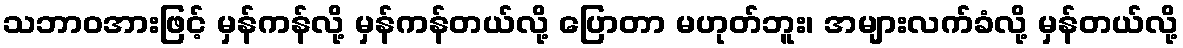
သဘာဝအားဖြင့် မှန်ကန်လို့ မှန်ကန်တယ်လို့ ပြောတာ မဟုတ်ဘူး၊ အများလက်ခံလို့ မှန်တယ်လို့